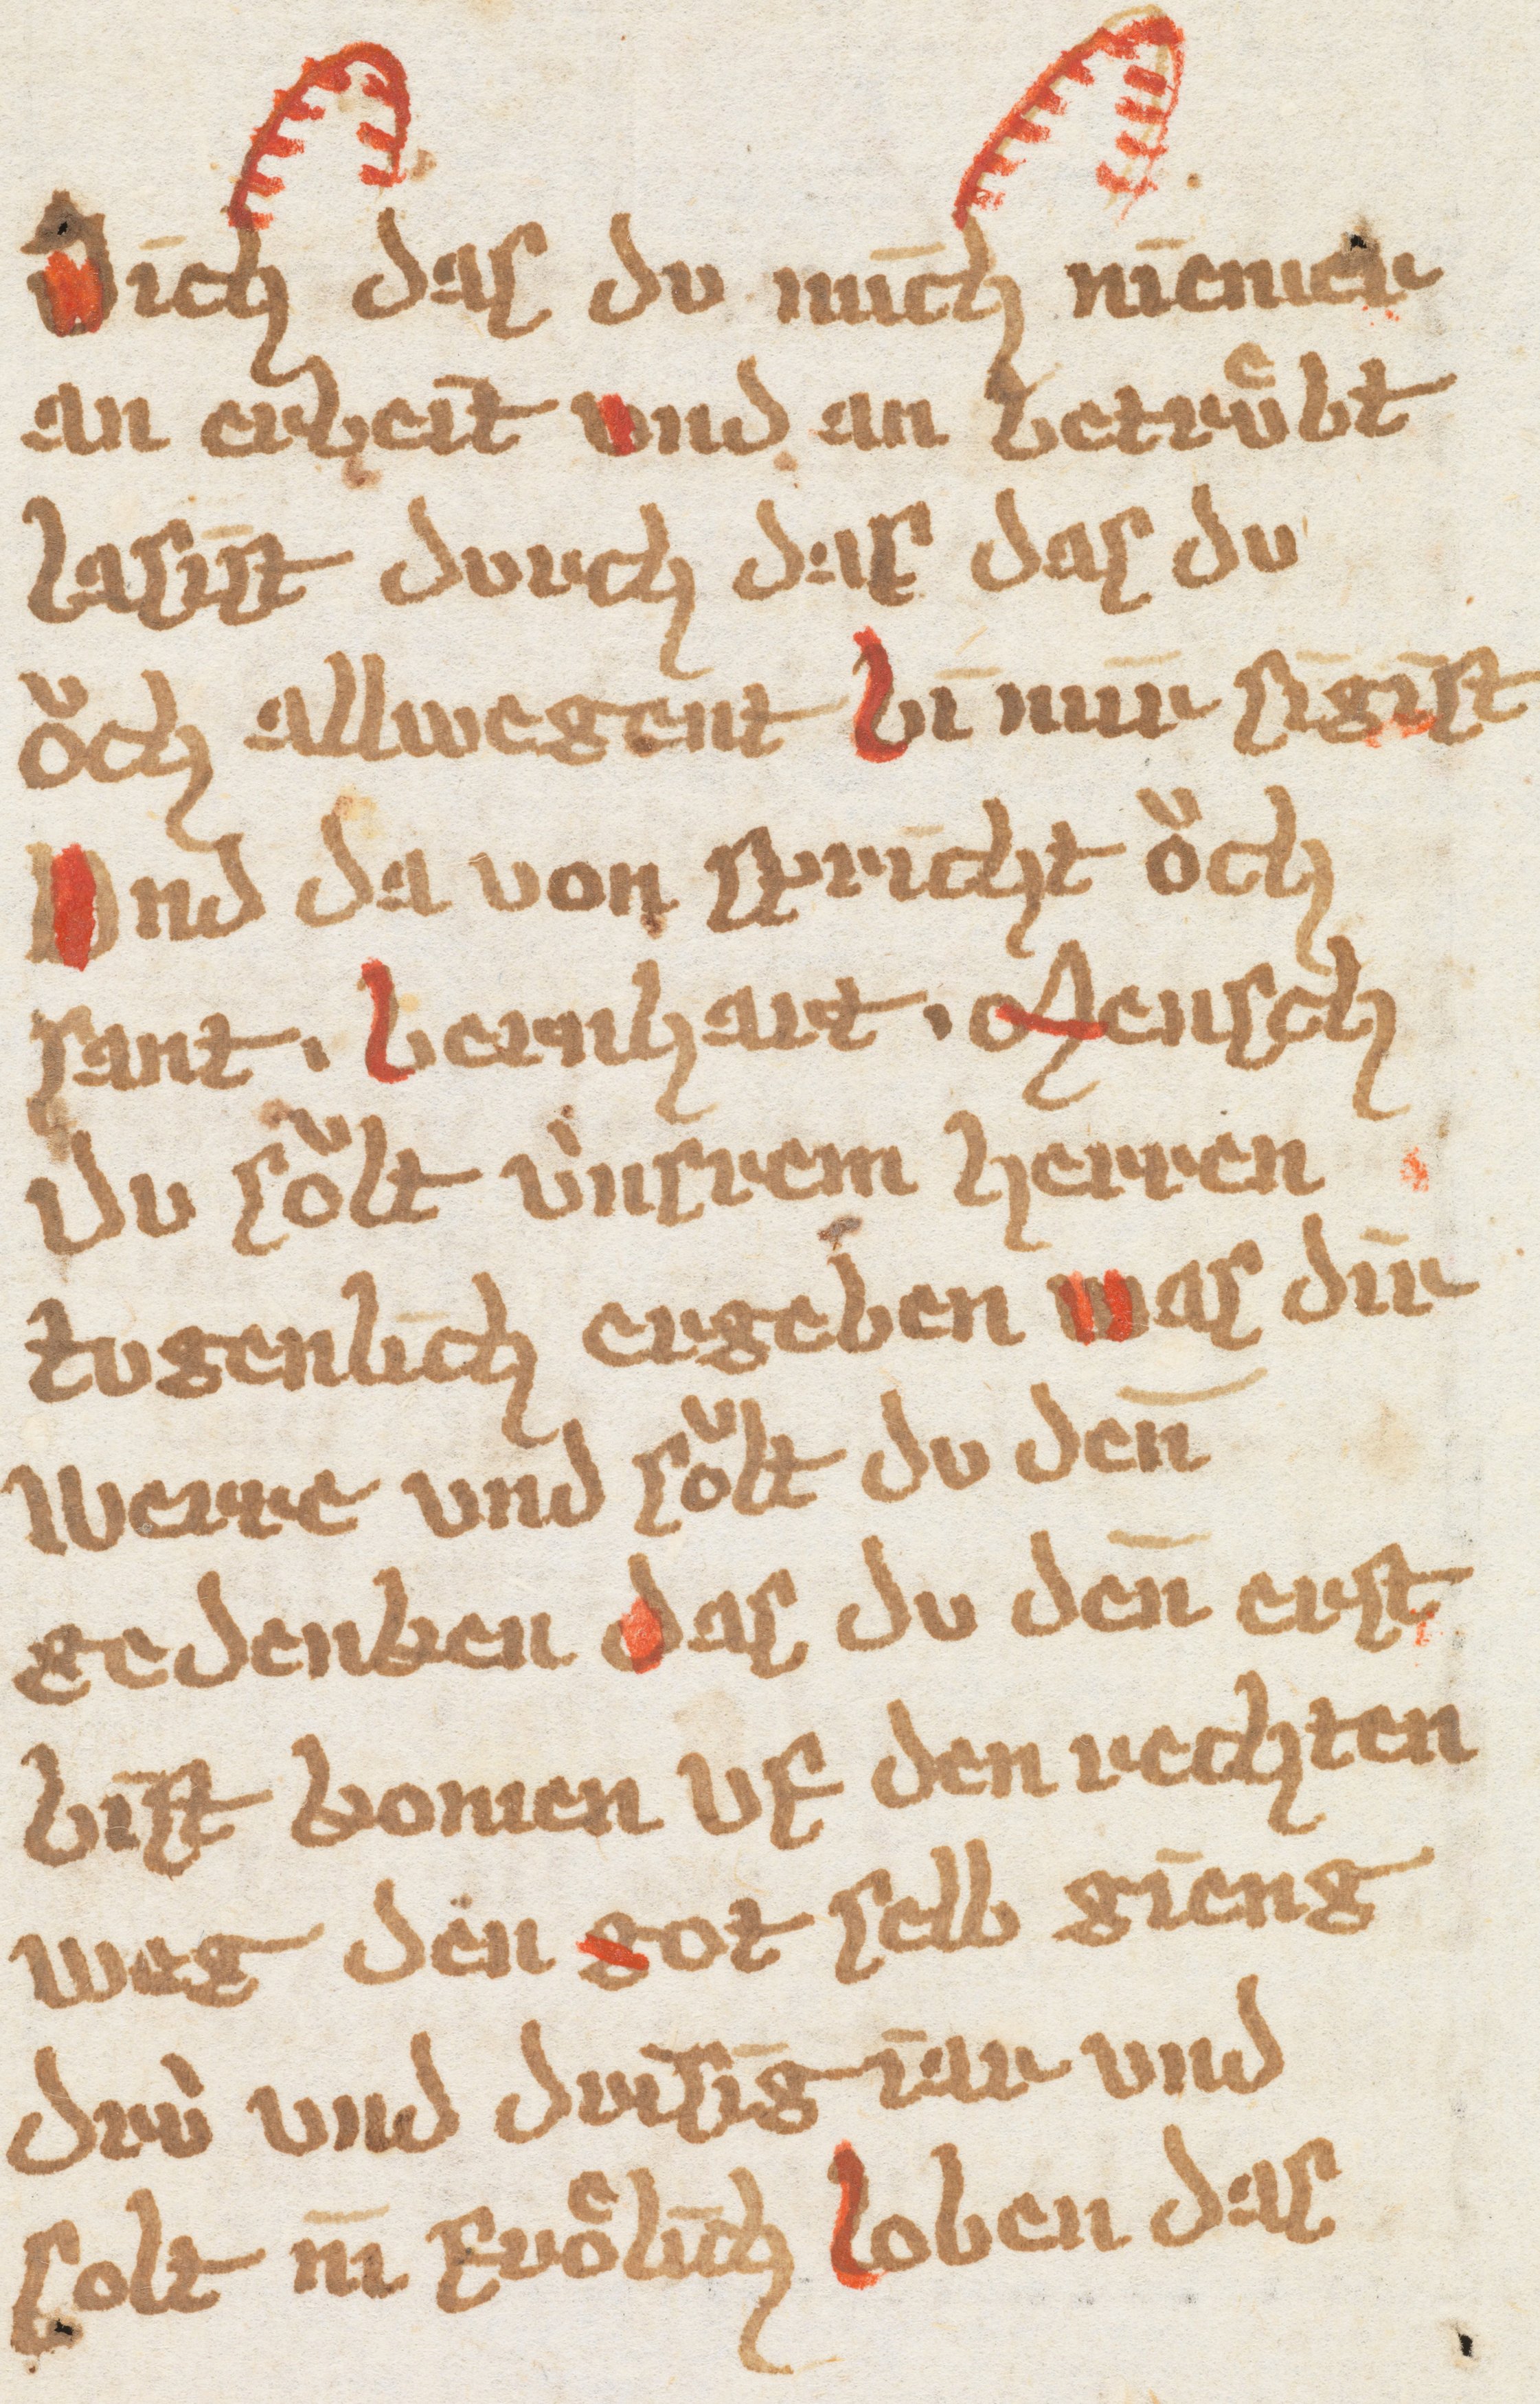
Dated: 1385–1415